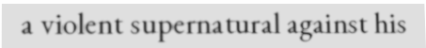
a violent supernatural against his